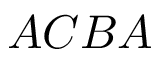
A C B A